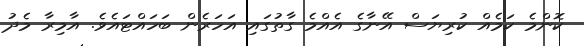
ކޮންމެ ކަމެއް ކުރިޔަސް އޭނާގެ އެއްމެ ގާތުގައި އަހަރެން ބަހައްޓައެވެ. އާމިރާ މެދު